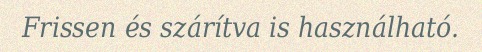
Frissen és szárítva is használható.